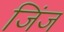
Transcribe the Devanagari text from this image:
जिंज